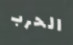
الحرب